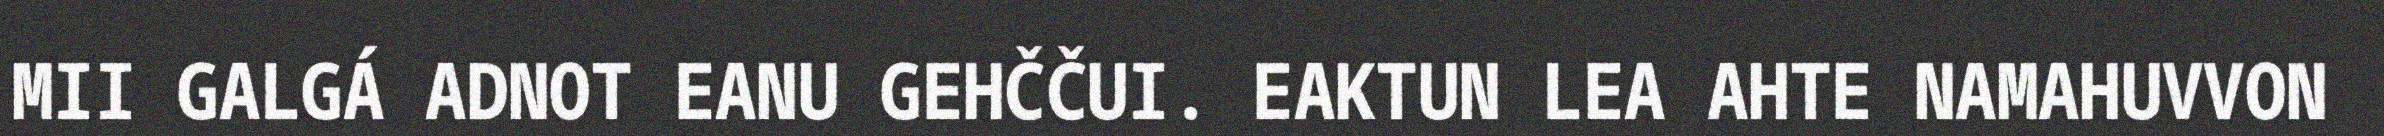
MII GALGÁ ADNOT EANU GEHČČUI. EAKTUN LEA AHTE NAMAHUVVON